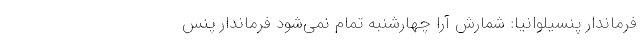
فرماندار پنسیلوانیا: شمارش آرا چهارشنبه تمام نمی‌شود فرماندار پنس